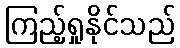
ကြည့်ရှုနိုင်သည်